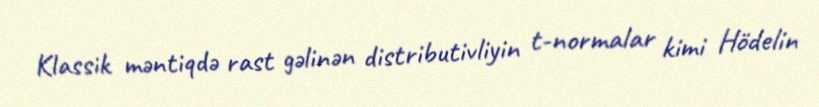
Klassik məntiqdə rast gəlinən distributivliyin t-normalar kimi Hödelin